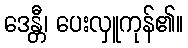
ဒေန္တီ၊ ပေးလှူကုန်၏။